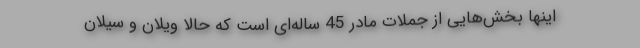
اینها بخش‌هایی از جملات مادر 45 ساله‌ای است که حالا ویلان و سیلان